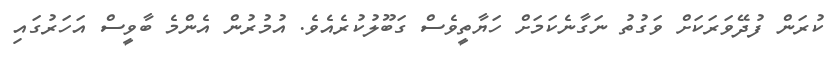
ކުރަން ފުދޭވަރަކަށް ވަގުތު ނަގާނެކަމަށް ހަޔާތީވެސް ގަބޫލުކުރެއެވެ. އުމުރުން އެންމެ ބާވީސް އަހަރުގައި